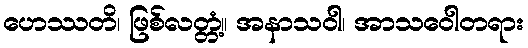
ဟေဿတိ၊ ဖြစ်လတ္တံ့။ အနာသဝါ၊ အာသဝေါတရား